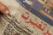
تفيرت